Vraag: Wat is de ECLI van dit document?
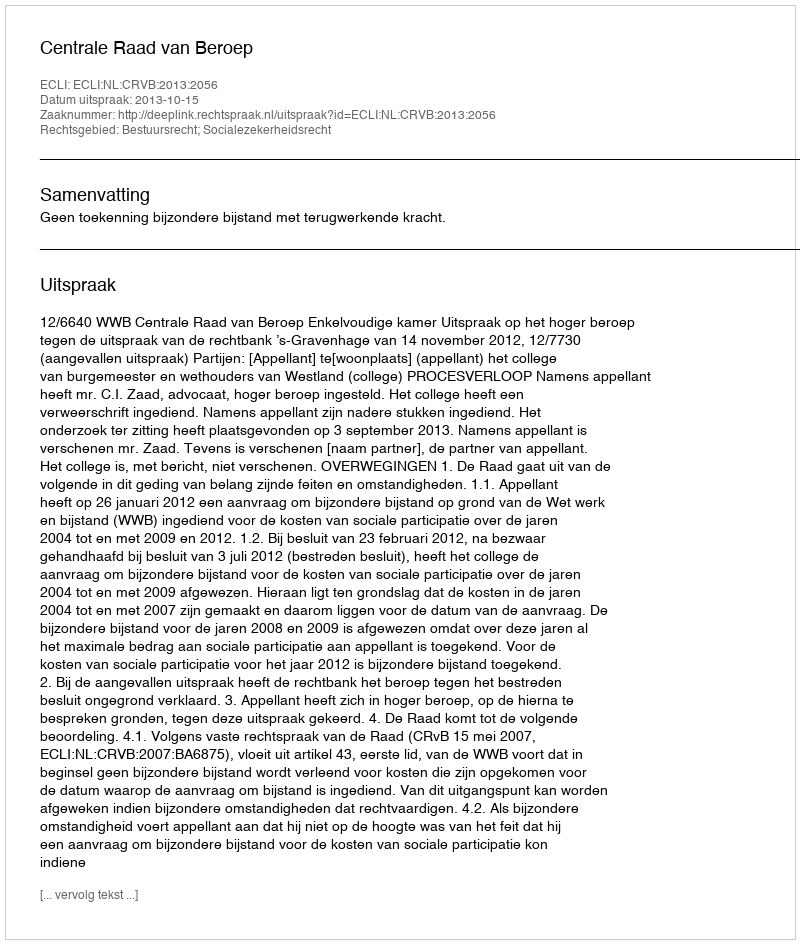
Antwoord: ECLI:NL:CRVB:2013:2056